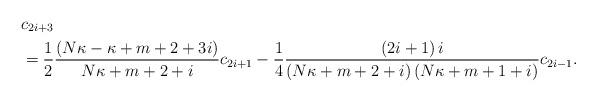
LaTeX: \begin{align*}& c_{2i+3}\\& =\frac{1}{2}\frac{\left( N\kappa-\kappa+m+2+3i\right) }{N\kappa+m+2+i}c_{2i+1}-\frac{1}{4}\frac{\left( 2i+1\right) i}{\left(N\kappa+m+2+i\right) \left( N\kappa+m+1+i\right) }c_{2i-1}.\end{align*}